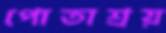
পোতাশ্রয়